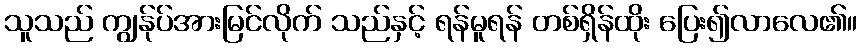
သူသည် ကျွန်ုပ်အားမြင်လိုက် သည်နှင့် ရန်မူရန် တစ်ရှိန်ထိုး ပြေး၍လာလေ၏။